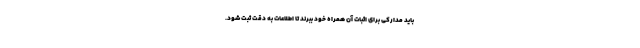
باید مدارکی برای اثبات آن همراه خود ببرند تا اطلاعات به دقت ثبت شود.